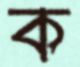
ক